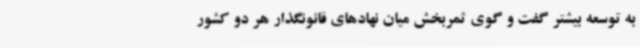
به توسعه بیشتر گفت و گوی ثمربخش میان نهادهای قانونگذار هر دو کشور